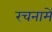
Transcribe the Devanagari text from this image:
रचनामें